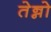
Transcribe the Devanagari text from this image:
तेन्नो